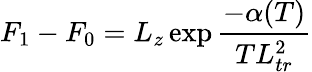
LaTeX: F_{1}-F_{0}=L_{z}\exp{\frac{-\alpha(T)}{TL_{tr}^{2}}}